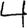
Digit: 4